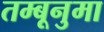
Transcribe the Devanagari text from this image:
तम्बूनुमा